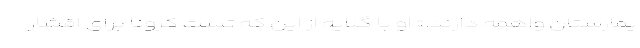
یمارستان واهمه دارند.» او با گلایه از این که تست کرونا برای اقشار